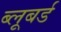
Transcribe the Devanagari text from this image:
ब्लूबर्ड